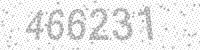
Solution: 466231